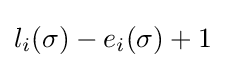
l_{i}(\sigma )-e_{i}(\sigma )+1